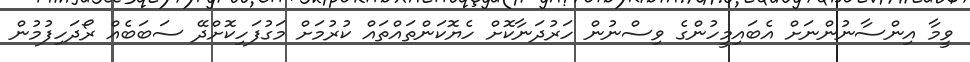
ވީމާ އިންސާނުންނަށް އެބައިމީހުންގެ ވިސްނުން ހަރުދަނާކޮށް ހެޔޮކަންތައްތައް ކުރުމަށް މަގުފަހިކޮށްދޭ ސަބަބެއް ރޯދަހިފުމުން